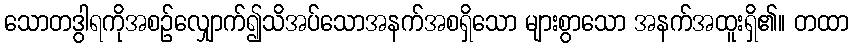
သောတဒွါရကိုအစဉ်လျှောက်၍သိအပ်သောအနက်အစရှိသော များစွာသော အနက်အထူးရှိ၏။ တထာ